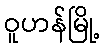
ဝူဟန်မြို့